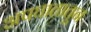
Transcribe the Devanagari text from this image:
अपघातातून